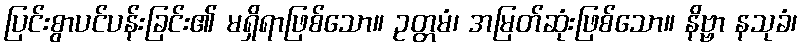
ပြင်းစွာပင်ပန်းခြင်း၏ မရှိရာဖြစ်သော။ ဥတ္တမံ၊ အမြတ်ဆုံးဖြစ်သော။ နိဗ္ဗာ နသုခံ၊